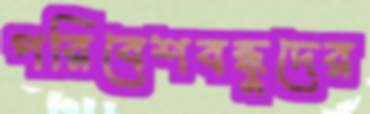
পরিবেশবন্ধুদের